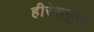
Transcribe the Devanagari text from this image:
हीरेसग्रुप्पे